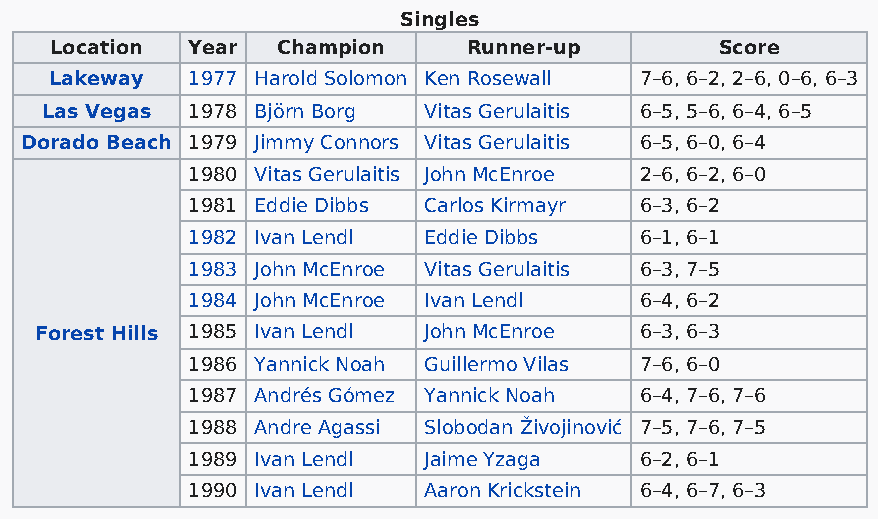
Singles
 Location Year  Champion     Runner-up        Score
 Lakeway  1977 Harold Solomon Ken Rosewall 7–6, 6–2, 2–6, 0–6, 6–3
 Las Vegas 1978 Björn Borg Vitas Gerulaitis 6–5, 5–6, 6–4, 6–5
 Dorado Beach 1979 Jimmy Connors Vitas Gerulaitis 6–5, 6–0, 6–4
 1980 Vitas Gerulaitis John McEnroe 2–6, 6–2, 6–0
 1981 Eddie Dibbs Carlos Kirmayr 6–3, 6–2
 1982 Ivan Lendl Eddie Dibbs   6–1, 6–1
 1983 John McEnroe Vitas Gerulaitis 6–3, 7–5
 1984 John McEnroe Ivan Lendl  6–4, 6–2
 Forest Hills 1985 Ivan Lendl John McEnroe 6–3, 6–3
 1986 Yannick Noah Guillermo Vilas 7–6, 6–0
 1987 Andrés Gómez Yannick Noah 6–4, 7–6, 7–6
 1988 Andre Agassi Slobodan Živojinović 7–5, 7–6, 7–5
 1989 Ivan Lendl Jaime Yzaga   6–2, 6–1
 1990 Ivan Lendl Aaron Krickstein 6–4, 6–7, 6–3